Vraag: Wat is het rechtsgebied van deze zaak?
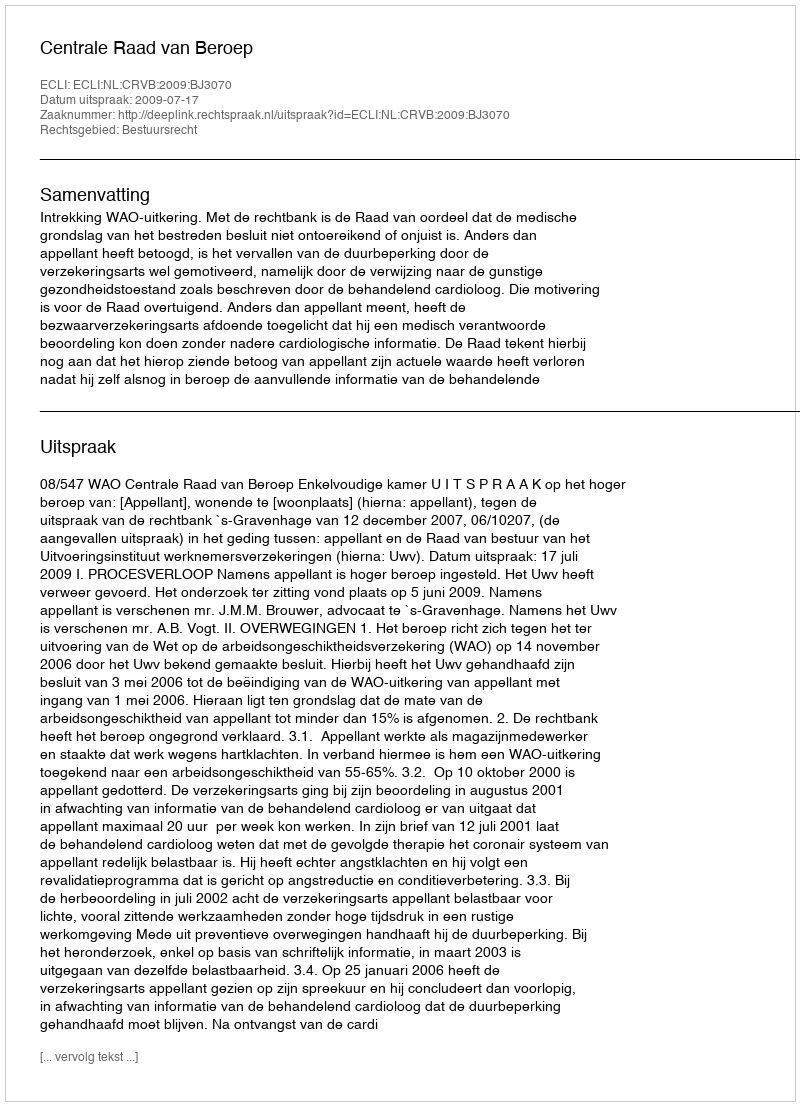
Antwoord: Bestuursrecht